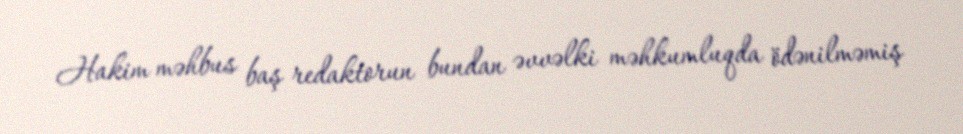
Hakim məhbus baş redaktorun bundan əvvəlki məhkumluqda ödənilməmiş